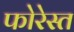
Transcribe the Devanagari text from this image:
फोरेस्त